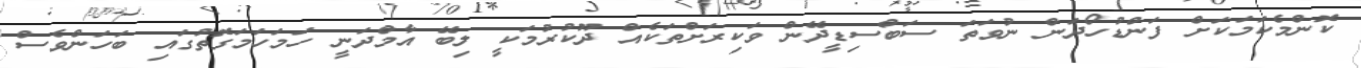
ކޮންމެކަމަކަށް ފަންޑުހޯދަން ނުވަތަ ސަބްސިޑީދޭން ވަކިރަށްތަކެއް ދޫކުރުމަކީ ލިބޭ އާމްދަނީ ހަމަހަމަގޮތުގައި ބަހަންވެސް